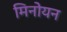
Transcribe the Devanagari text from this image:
मिनोयन